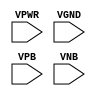
module sky130_fd_sc_hdll__tapvgnd2 (
    VPWR,
    VGND,
    VPB ,
    VNB
);

    // Module ports
    input VPWR;
    input VGND;
    input VPB ;
    input VNB ;
     // No contents.
endmodule